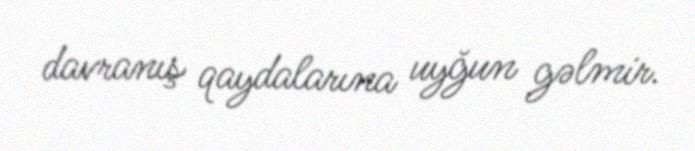
davranış qaydalarına uyğun gəlmir.